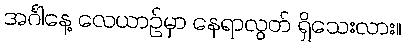
အင်္ဂါနေ့ လေယာဉ်မှာ နေရာလွတ် ရှိသေးလား။